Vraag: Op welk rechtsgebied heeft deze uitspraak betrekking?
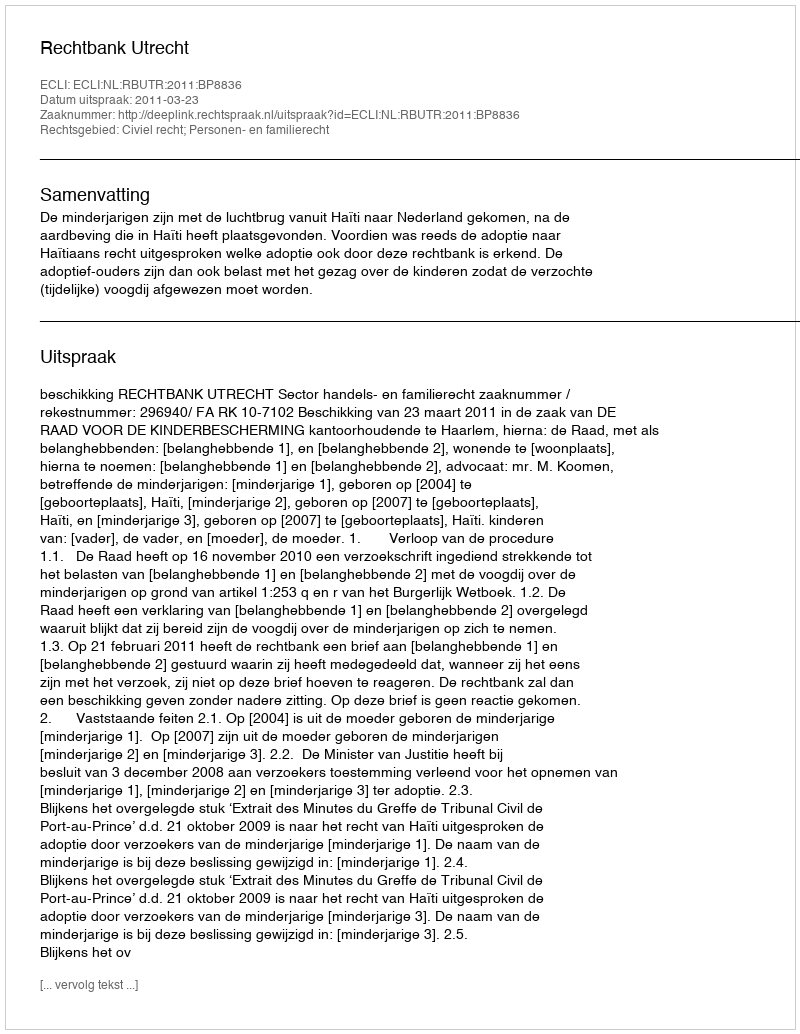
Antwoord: Civiel recht; Personen- en familierecht